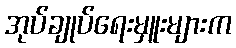
အုပ်ချုပ်ရေးမှူးများက